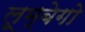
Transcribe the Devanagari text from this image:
लूम्बेगो